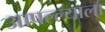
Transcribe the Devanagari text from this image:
आपल्ल्याला